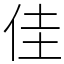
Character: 佳